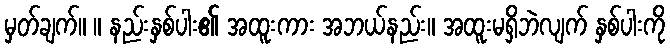
မှတ်ချက်။ ။ နည်းနှစ်ပါး၏ အထူးကား အဘယ်နည်း။ အထူးမရှိဘဲလျက် နှစ်ပါးကို